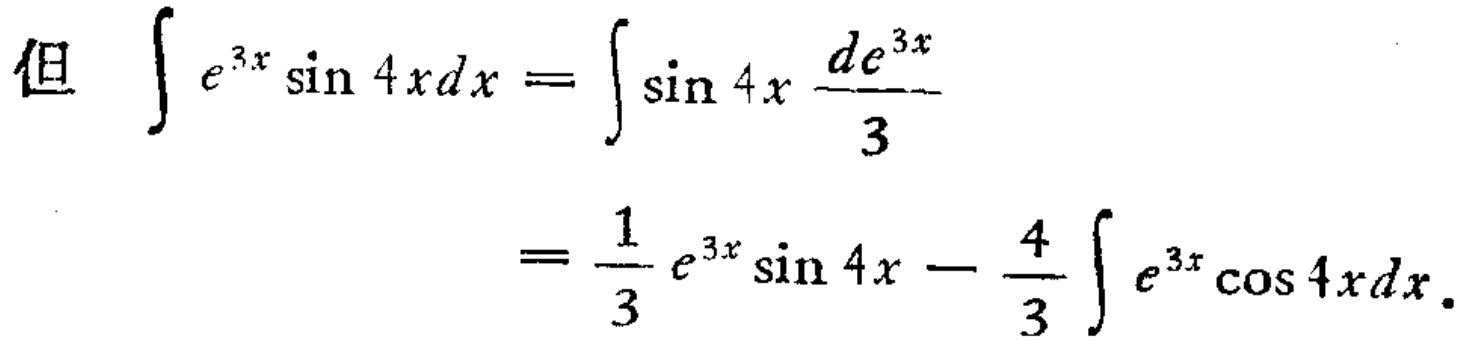
但 \(\int e^{3x}\sin 4x dx = \int \sin 4x \frac{de^{3x}}{3}\)

\(=\frac{1}{3}e^{3x}\sin 4x - \frac{4}{3}\int e^{3x}\cos 4x dx\)